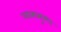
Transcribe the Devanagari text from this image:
आत्ममुग्ध